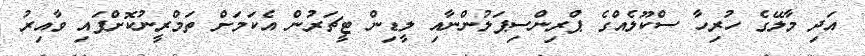
އަދި މާލޭގެ ހުރިހާ ސްކޫލެއްގެ ޕްރިންސިޕަލުންނާއި ލީޑިން ޓީޗަރުން އެކަމަށް ތަމްރީނުކޮށްފައި ވާއިރު